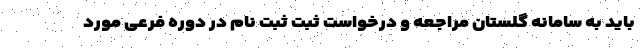
باید به سامانه گلستان مراجعه و درخواست ثبت ثبت نام در دوره فرعی مورد